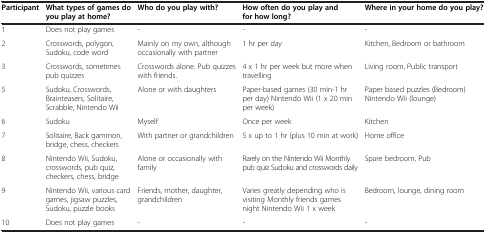
| Participant | What types of games do you play at home? | Who do you play with? | How often do you play and for how long? | Where in your home do you play? |
 | --- | --- | --- | --- | --- |
 | 1 | Does not play games | - | - | - |
 | 2 | Crosswords, polygon, Sudoku, code word | Mainly on my own, although occasionally with partner | 1 hr per day | Kitchen, Bedroom or bathroom |
 | 3 | Crosswords, sometimes pub quizzes | Crosswords alone. Pub quizzes with friends. | 4 x 1 hr per week but more when travelling | Living room, Public transport |
 | 5 | Sudoku, Crosswords, Brainteasers, Solitaire, Scrabble, Nintendo Wii | Alone or with daughters | Paper-based games (30 min-1 hr per day) Nintendo Wii (1 x 20 min per week) | Paper based puzzles (Bedroom) Nintendo Wii (lounge) |
 | 6 | Sudoku | Myself | Once per week | Kitchen |
 | 7 | Solitaire, Back gammon, bridge, chess, checkers | With partner or grandchildren | 5 x up to 1 hr (plus 10 min at work) | Home office |
 | 8 | Nintendo Wii, Sudoku, crosswords, pub quiz, checkers, chess, bridge | Alone or occasionally with family | Rarely on the Nintendo Wii Monthly pub quiz Sudoku and crosswords daily | Spare bedroom, Pub |
 | 9 | Nintendo Wii, various card games, jigsaw puzzles, Sudoku, puzzle books | Friends, mother, daughter, grandchildren | Varies greatly depending who is visiting Monthly friends games night Nintendo Wii 1 x week | Bedroom, lounge, dining room |
 | 10 | Does not play games | - | - | - |